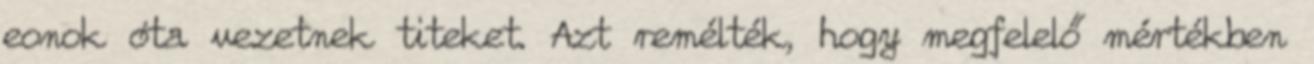
eonok óta vezetnek titeket. Azt remélték, hogy megfelelő mértékben